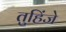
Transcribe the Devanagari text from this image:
तुहिंजे